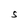
Character: S